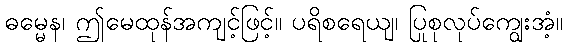
ဓမ္မေန၊ ဤမေထုန်အကျင့်ဖြင့်။ ပရိစရေယျ၊ ပြုစုလုပ်ကျွေးအံ့။